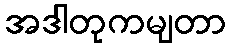
အဒါတုကမျတာ